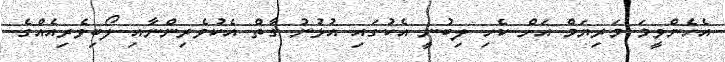
އެހެންވީމަ މަރިޔަމް އަށް ކެހި ލިބުނީ އެކުގައި އުޅުނު ގާތް އެކުވެރިންނާއި ލޯބިވެރިއެއްގެ